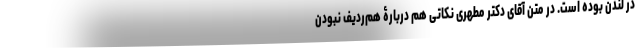
در لندن بوده است. در متن آقای دکتر مطهری نکاتی هم دربارۀ هم‌ردیف نبودن